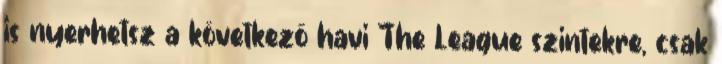
is nyerhetsz a következő havi The League szintekre, csak